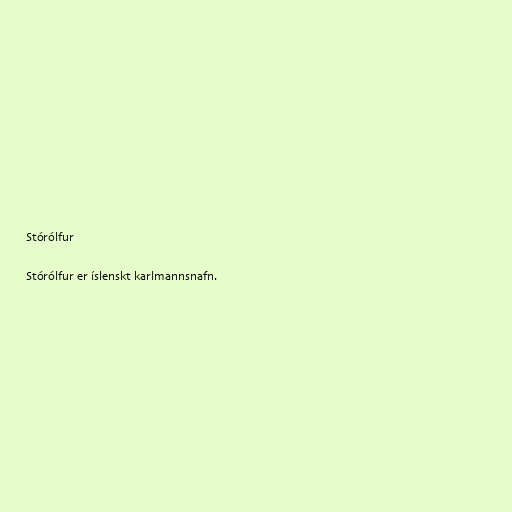
Stórólfur

Stórólfur er íslenskt karlmannsnafn.